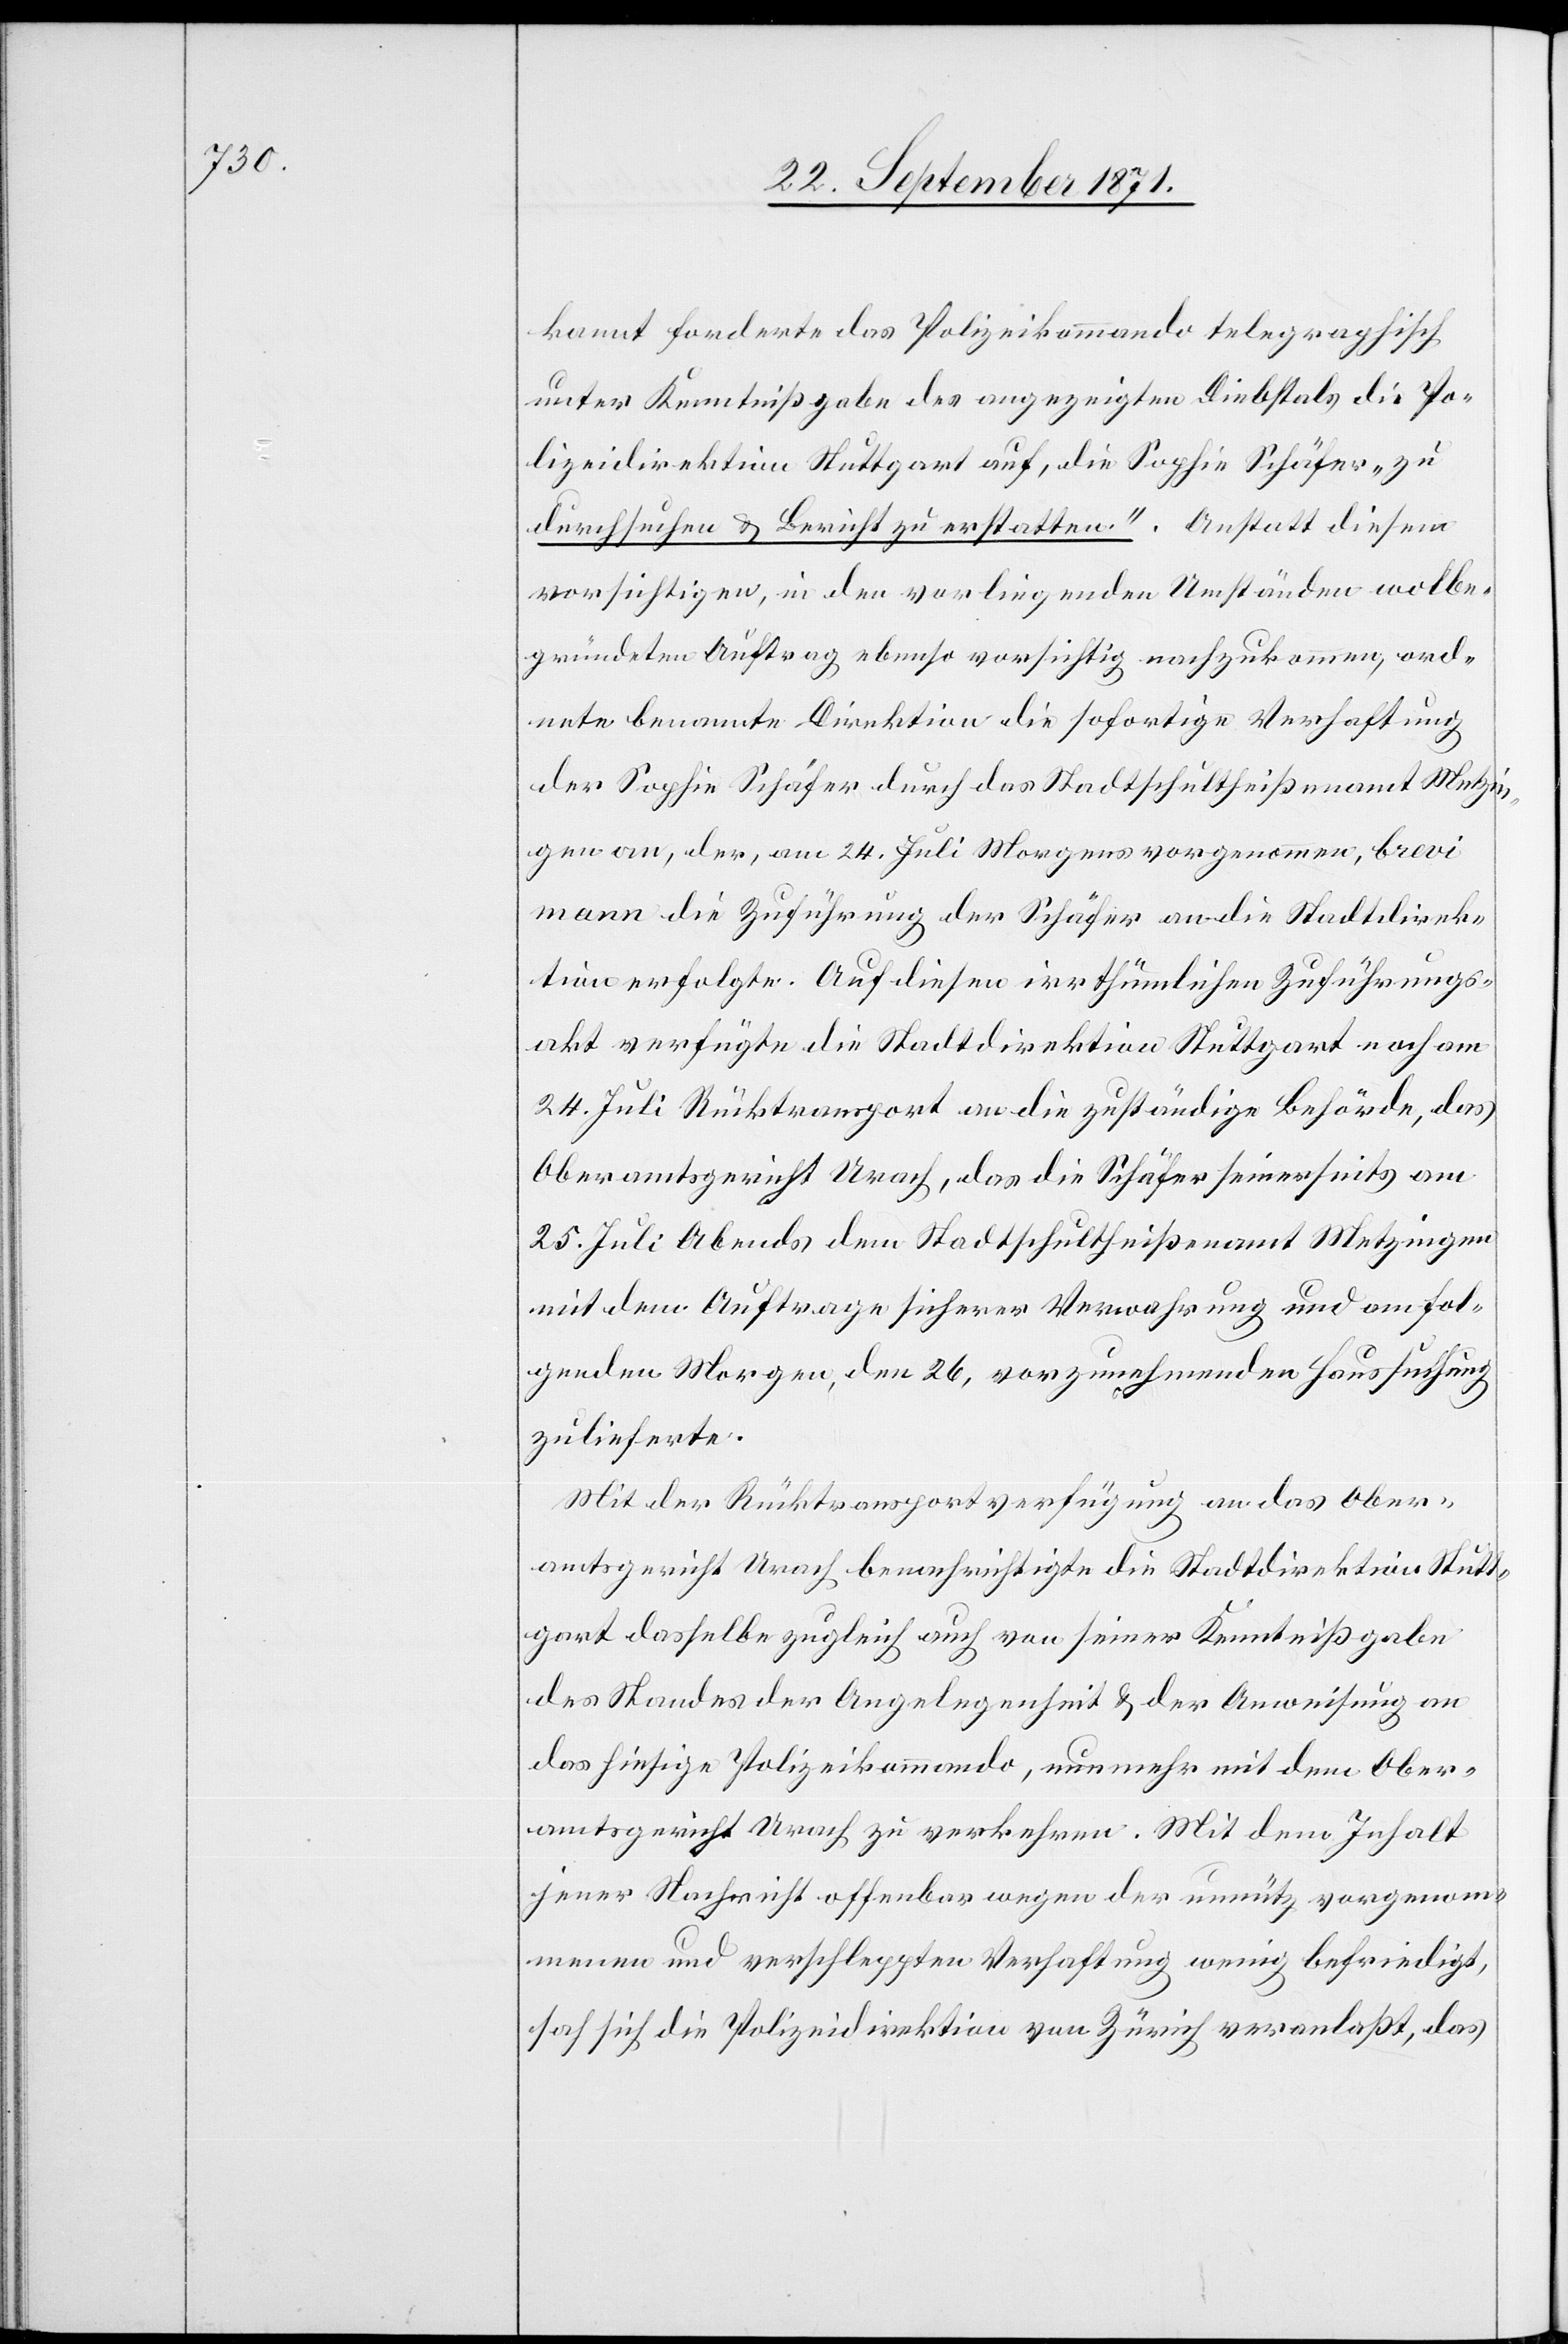
kannt forderte das Polizeikommando telegraphisch
unter Kenntnißgabe des angezeigten Diebstals die Po¬
lizeidirektion Stuttgart auf, die Sophie Schäfer „zu
durchsuchen & Bericht zu erstatten“. Anstatt diesem
vorsichtigen, in den vorliegenden Umständen wolbe¬
gründeten Auftrag ebenso vorsichtig nachzukommen, ord¬
nete benannte Direktion die sofortige Verhaftung
der Sophie Schäfer durch das Stadtschultheißenamt Metzi¬
ngen an, der, am 24. Juli Morgens vorgenommen, brevi
manu die Zuführung der Schäfer an die Stadtdirek¬
tion erfolgte. Auf diesen irrthümlichen Zuführungs¬
akt verfügte die Stadtdirektion Stuttgart noch am
24. Juli Rücktransport an die zuständige Behörde, das
Oberamtsgericht Urach, das die Schäfer seinerseits am
25. Juli Abends dem Stadtschultheißenamt Metzingen
mit dem Auftrage sicherer Verwahrung und am fol¬
genden Morgen, dem 26, vorzunehmenden Haussuchung
zulieferte.
Mit der Rücktransportverfügung an das Ober¬
amtsgericht Urach benachrichtigte die Stadtdirektion Stutt¬
gart dasselbe zugleich auch von seiner Kenntnißgabe
des Standes der Angelegenheit & der Anweisung an
das hiesige Polizeikommando, nunmehr mit dem Ober¬
amtsgericht Urach zu verkehren. Mit dem Inhalt
ihrer Nachricht offenbar wegen der unnütz vorgenom¬
menen und verschleppten Verhaftung wenig befriedigt,
sah sich die Polizeidirektion von Zürich veranlaßt, das